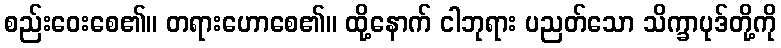
စည်းဝေးစေ၏။ တရားဟောစေ၏။ ထို့နောက် ငါဘုရား ပညတ်သော သိက္ခာပုဒ်တို့ကို